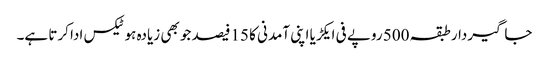
جاگیردارطبقہ 500 روپے فی ایکڑیا اپنی آمدنی کا 15فیصد جو بھی زیادہ ہوٹیکس ادا کرتا ہے۔